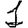
Digit: 1